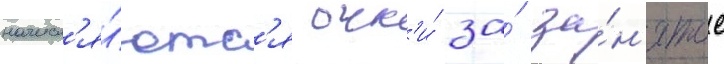
начисл'я́ютс'я очк'и́ за́ за́н'ятое